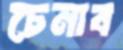
চেনাব